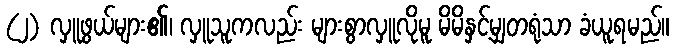
(၂) လှူဖွယ်များ၏၊ လှူသူကလည်း များစွာလှူလိုမူ မိမိနှင့်မျှတရုံသာ ခံယူရမည်။